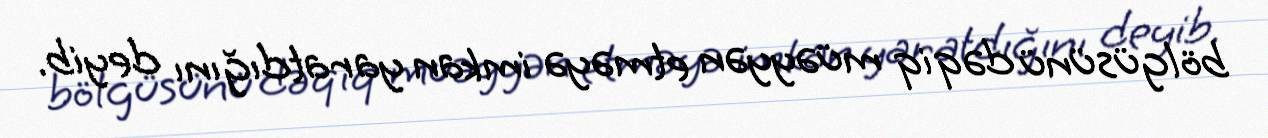
bölgüsünü dəqiq müəyyən etməyə imkan yaratdığını deyib.